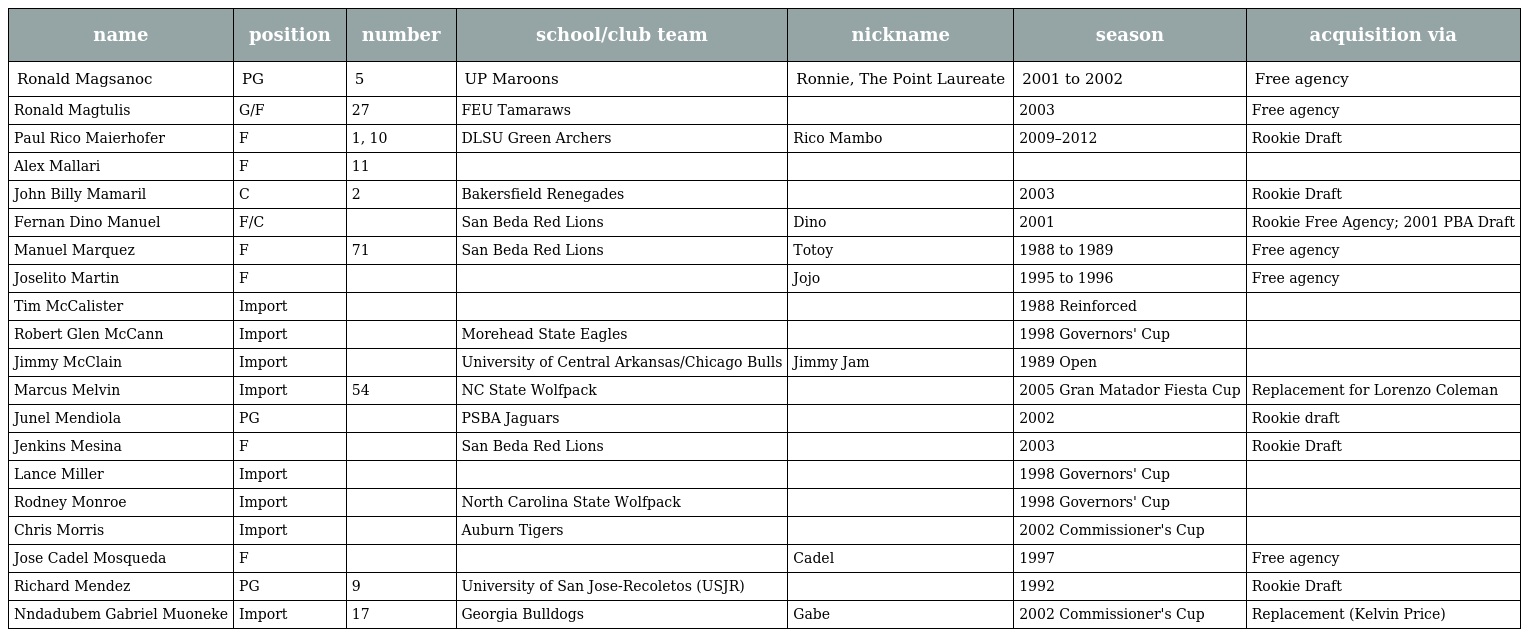
| name | position | number | school/club team | nickname | season | acquisition via |
 | --- | --- | --- | --- | --- | --- | --- |
 | Ronald Magsanoc | PG | 5 | UP Maroons | Ronnie, The Point Laureate | 2001 to 2002 | Free agency |
 | Ronald Magtulis | G/F | 27 | FEU Tamaraws |  | 2003 | Free agency |
 | Paul Rico Maierhofer | F | 1, 10 | DLSU Green Archers | Rico Mambo | 2009–2012 | Rookie Draft |
 | Alex Mallari | F | 11 |  |  |  |  |
 | John Billy Mamaril | C | 2 | Bakersfield Renegades |  | 2003 | Rookie Draft |
 | Fernan Dino Manuel | F/C |  | San Beda Red Lions | Dino | 2001 | Rookie Free Agency; 2001 PBA Draft |
 | Manuel Marquez | F | 71 | San Beda Red Lions | Totoy | 1988 to 1989 | Free agency |
 | Joselito Martin | F |  |  | Jojo | 1995 to 1996 | Free agency |
 | Tim McCalister | Import |  |  |  | 1988 Reinforced |  |
 | Robert Glen McCann | Import |  | Morehead State Eagles |  | 1998 Governors' Cup |  |
 | Jimmy McClain | Import |  | University of Central Arkansas/Chicago Bulls | Jimmy Jam | 1989 Open |  |
 | Marcus Melvin | Import | 54 | NC State Wolfpack |  | 2005 Gran Matador Fiesta Cup | Replacement for Lorenzo Coleman |
 | Junel Mendiola | PG |  | PSBA Jaguars |  | 2002 | Rookie draft |
 | Jenkins Mesina | F |  | San Beda Red Lions |  | 2003 | Rookie Draft |
 | Lance Miller | Import |  |  |  | 1998 Governors' Cup |  |
 | Rodney Monroe | Import |  | North Carolina State Wolfpack |  | 1998 Governors' Cup |  |
 | Chris Morris | Import |  | Auburn Tigers |  | 2002 Commissioner's Cup |  |
 | Jose Cadel Mosqueda | F |  |  | Cadel | 1997 | Free agency |
 | Richard Mendez | PG | 9 | University of San Jose-Recoletos (USJR) |  | 1992 | Rookie Draft |
 | Nndadubem Gabriel Muoneke | Import | 17 | Georgia Bulldogs | Gabe | 2002 Commissioner's Cup | Replacement (Kelvin Price) |